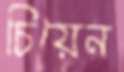
চিয়েন